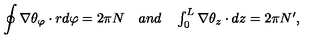
\oint \nabla \theta _ { \varphi } \cdot r d \varphi = 2 \pi N \quad \textstyle { a n d } \quad \int _ { 0 } ^ { L } \nabla \theta _ { z } \cdot d z = 2 \pi N ^ { \prime } ,